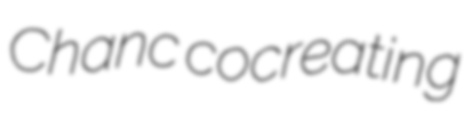
Chanc cocreating